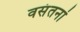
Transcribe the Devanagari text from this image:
वसंतनां